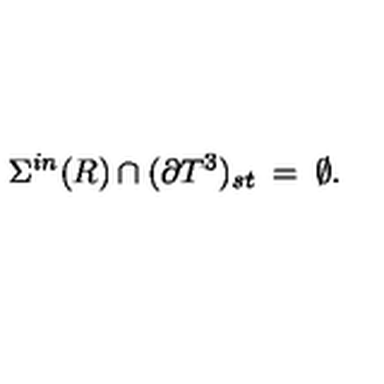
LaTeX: \Sigma ^ { i n } ( R ) \cap ( \partial { T } ^ { 3 } ) _ { s t } \: = \: \emptyset .